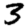
Digit: 3